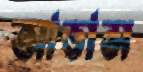
আভাস